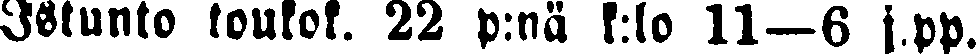
Istunto toukok. 22 p:nä k:lo 11—6 j.pp.